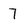
Character: 7